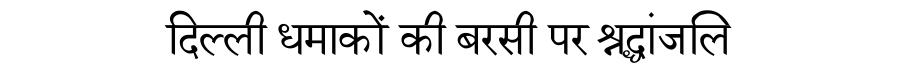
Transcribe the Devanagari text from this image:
दिल्ली धमाकों की बरसी पर श्रद्धांजलि